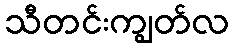
သီတင်းကျွတ်လ